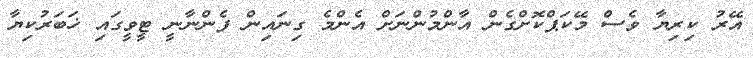
އޭރު ކިރިޔާ ވެސް މޭކަޕްކޮށްގެން އާންމުންނަށް އެންމެ ގިނައިން ފެންނާނީ ޓީވީގައި ޚަބަރުކިޔާ